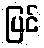
ပြင်